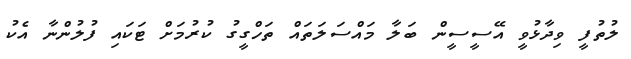
ލުތުފީ ވިދާޅުވީ އޭސީސީން ބަލާ މައްސަލަތައް ތަހްގީގު ކުރުމަށް ޓަކައި ފުލުންނާ އެކު